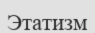
Этатизм